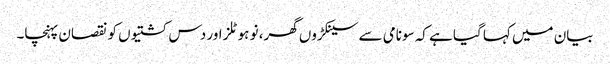
بیان میں کہا گیا ہے کہ سونامی سے سینکڑوں گھر، نو ہوٹلز اور دس کشتیوں کو نقصان پہنچا۔